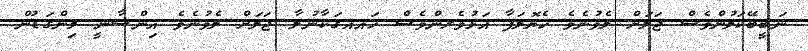
ނަބީބޭކަލުންވެސް ޖަލަށް ލެވުނެވެ ހެޔޮލަފާ އަޅުވެރންވެސް ހައއގަކާނުލާ ޖަލަށް ލެވުނެވެ އިންސާނީ މިންގަޑުން